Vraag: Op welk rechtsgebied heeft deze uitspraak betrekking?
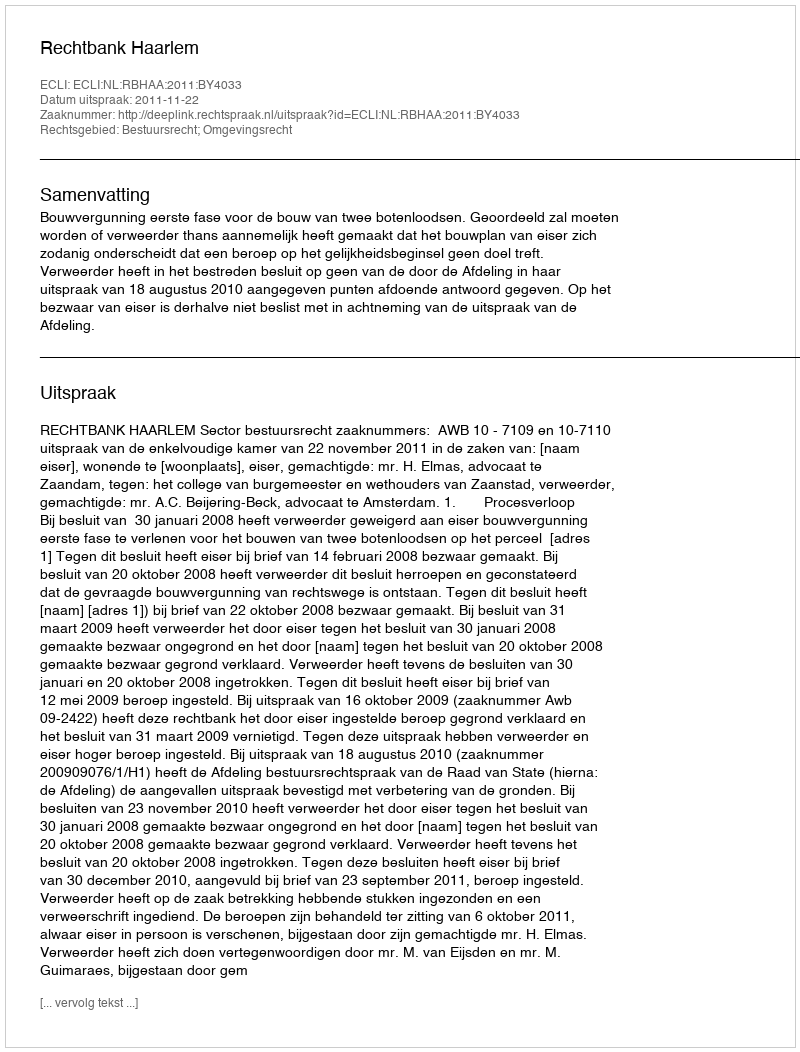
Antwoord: Bestuursrecht; Omgevingsrecht